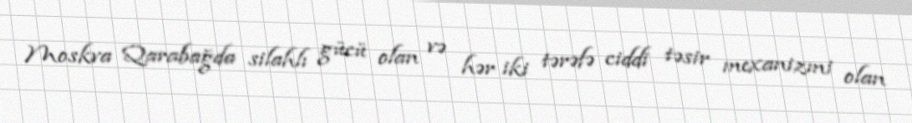
Moskva Qarabağda silahlı gücü olan və hər iki tərəfə ciddi təsir mexanizmi olan